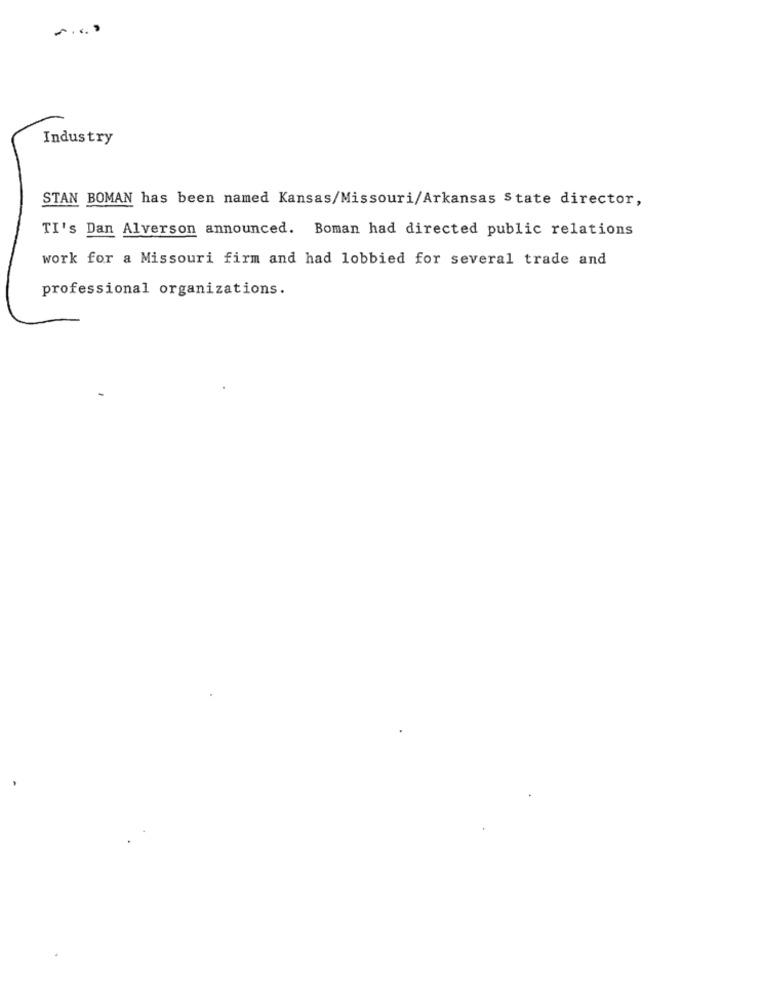
Industry
STAN BOMAN has been named Kansas/Missouri/Arkansas State director,
TI's Dan Alverson announced. Boman had directed public relations
work for a Missouri firm and had lobbied for several trade and
professional organizations.